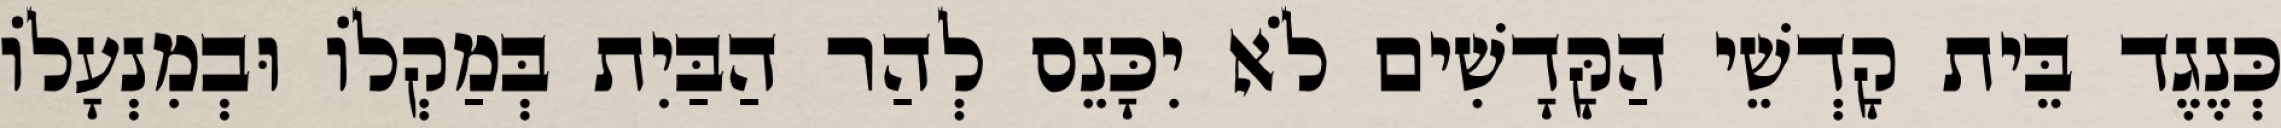
כְּנֶגֶד בֵּית קָדְשֵׁי הַקָּדָשִׁים לֹא יִכָּנֵס לְהַר הַבַּיִת בְּמַקְלוֹ וּבְמִנְעָלוֹ